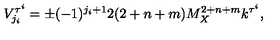
V _ { j _ { i } } ^ { \tau ^ { i } } = \pm ( - 1 ) ^ { j _ { i } + 1 } 2 ( 2 + n + m ) M _ { X } ^ { 2 + n + m } k ^ { \tau ^ { i } } , \,